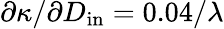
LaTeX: \partial\kappa/\partial D_{\mathrm{in}}=0.04/\lambda